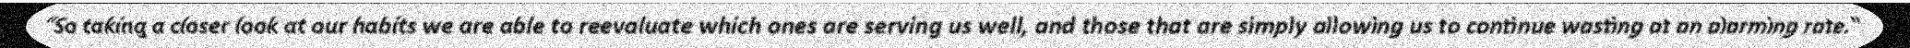
"So taking a closer look at our habits we are able to reevaluate which ones are serving us well, and those that are simply allowing us to continue wasting at an alarming rate."